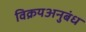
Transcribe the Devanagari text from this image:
विक्रयअनुबंध